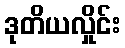
ဒုတိယလှိုင်း